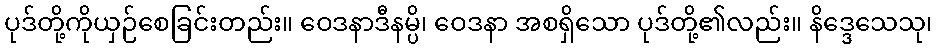
ပုဒ်တို့ကိုယှဉ်စေခြင်းတည်း။ ဝေဒနာဒီနမ္ပိ၊ ဝေဒနာ အစရှိသော ပုဒ်တို့၏လည်း။ နိဒ္ဒေသေသု၊